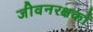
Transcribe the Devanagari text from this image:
जीवनरक्षकों